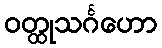
ဝတ္ထုသင်္ဂဟော